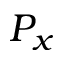
P _ { x }